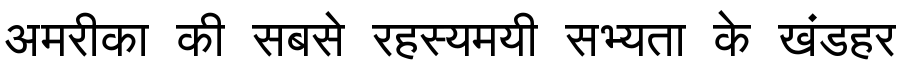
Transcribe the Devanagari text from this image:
अमरीका की सबसे रहस्यमयी सभ्यता के खंडहर